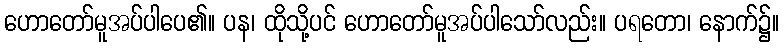
ဟောတော်မူအပ်ပါပေ၏။ ပန၊ ထိုသို့ပင် ဟောတော်မူအပ်ပါသော်လည်း။ ပရတော၊ နောက်၌။